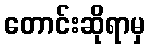
တောင်းဆိုရာမှ